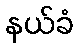
နယ်ခံ